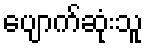
ပျောက်ဆုံးသူ